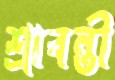
শ্রাবন্তী